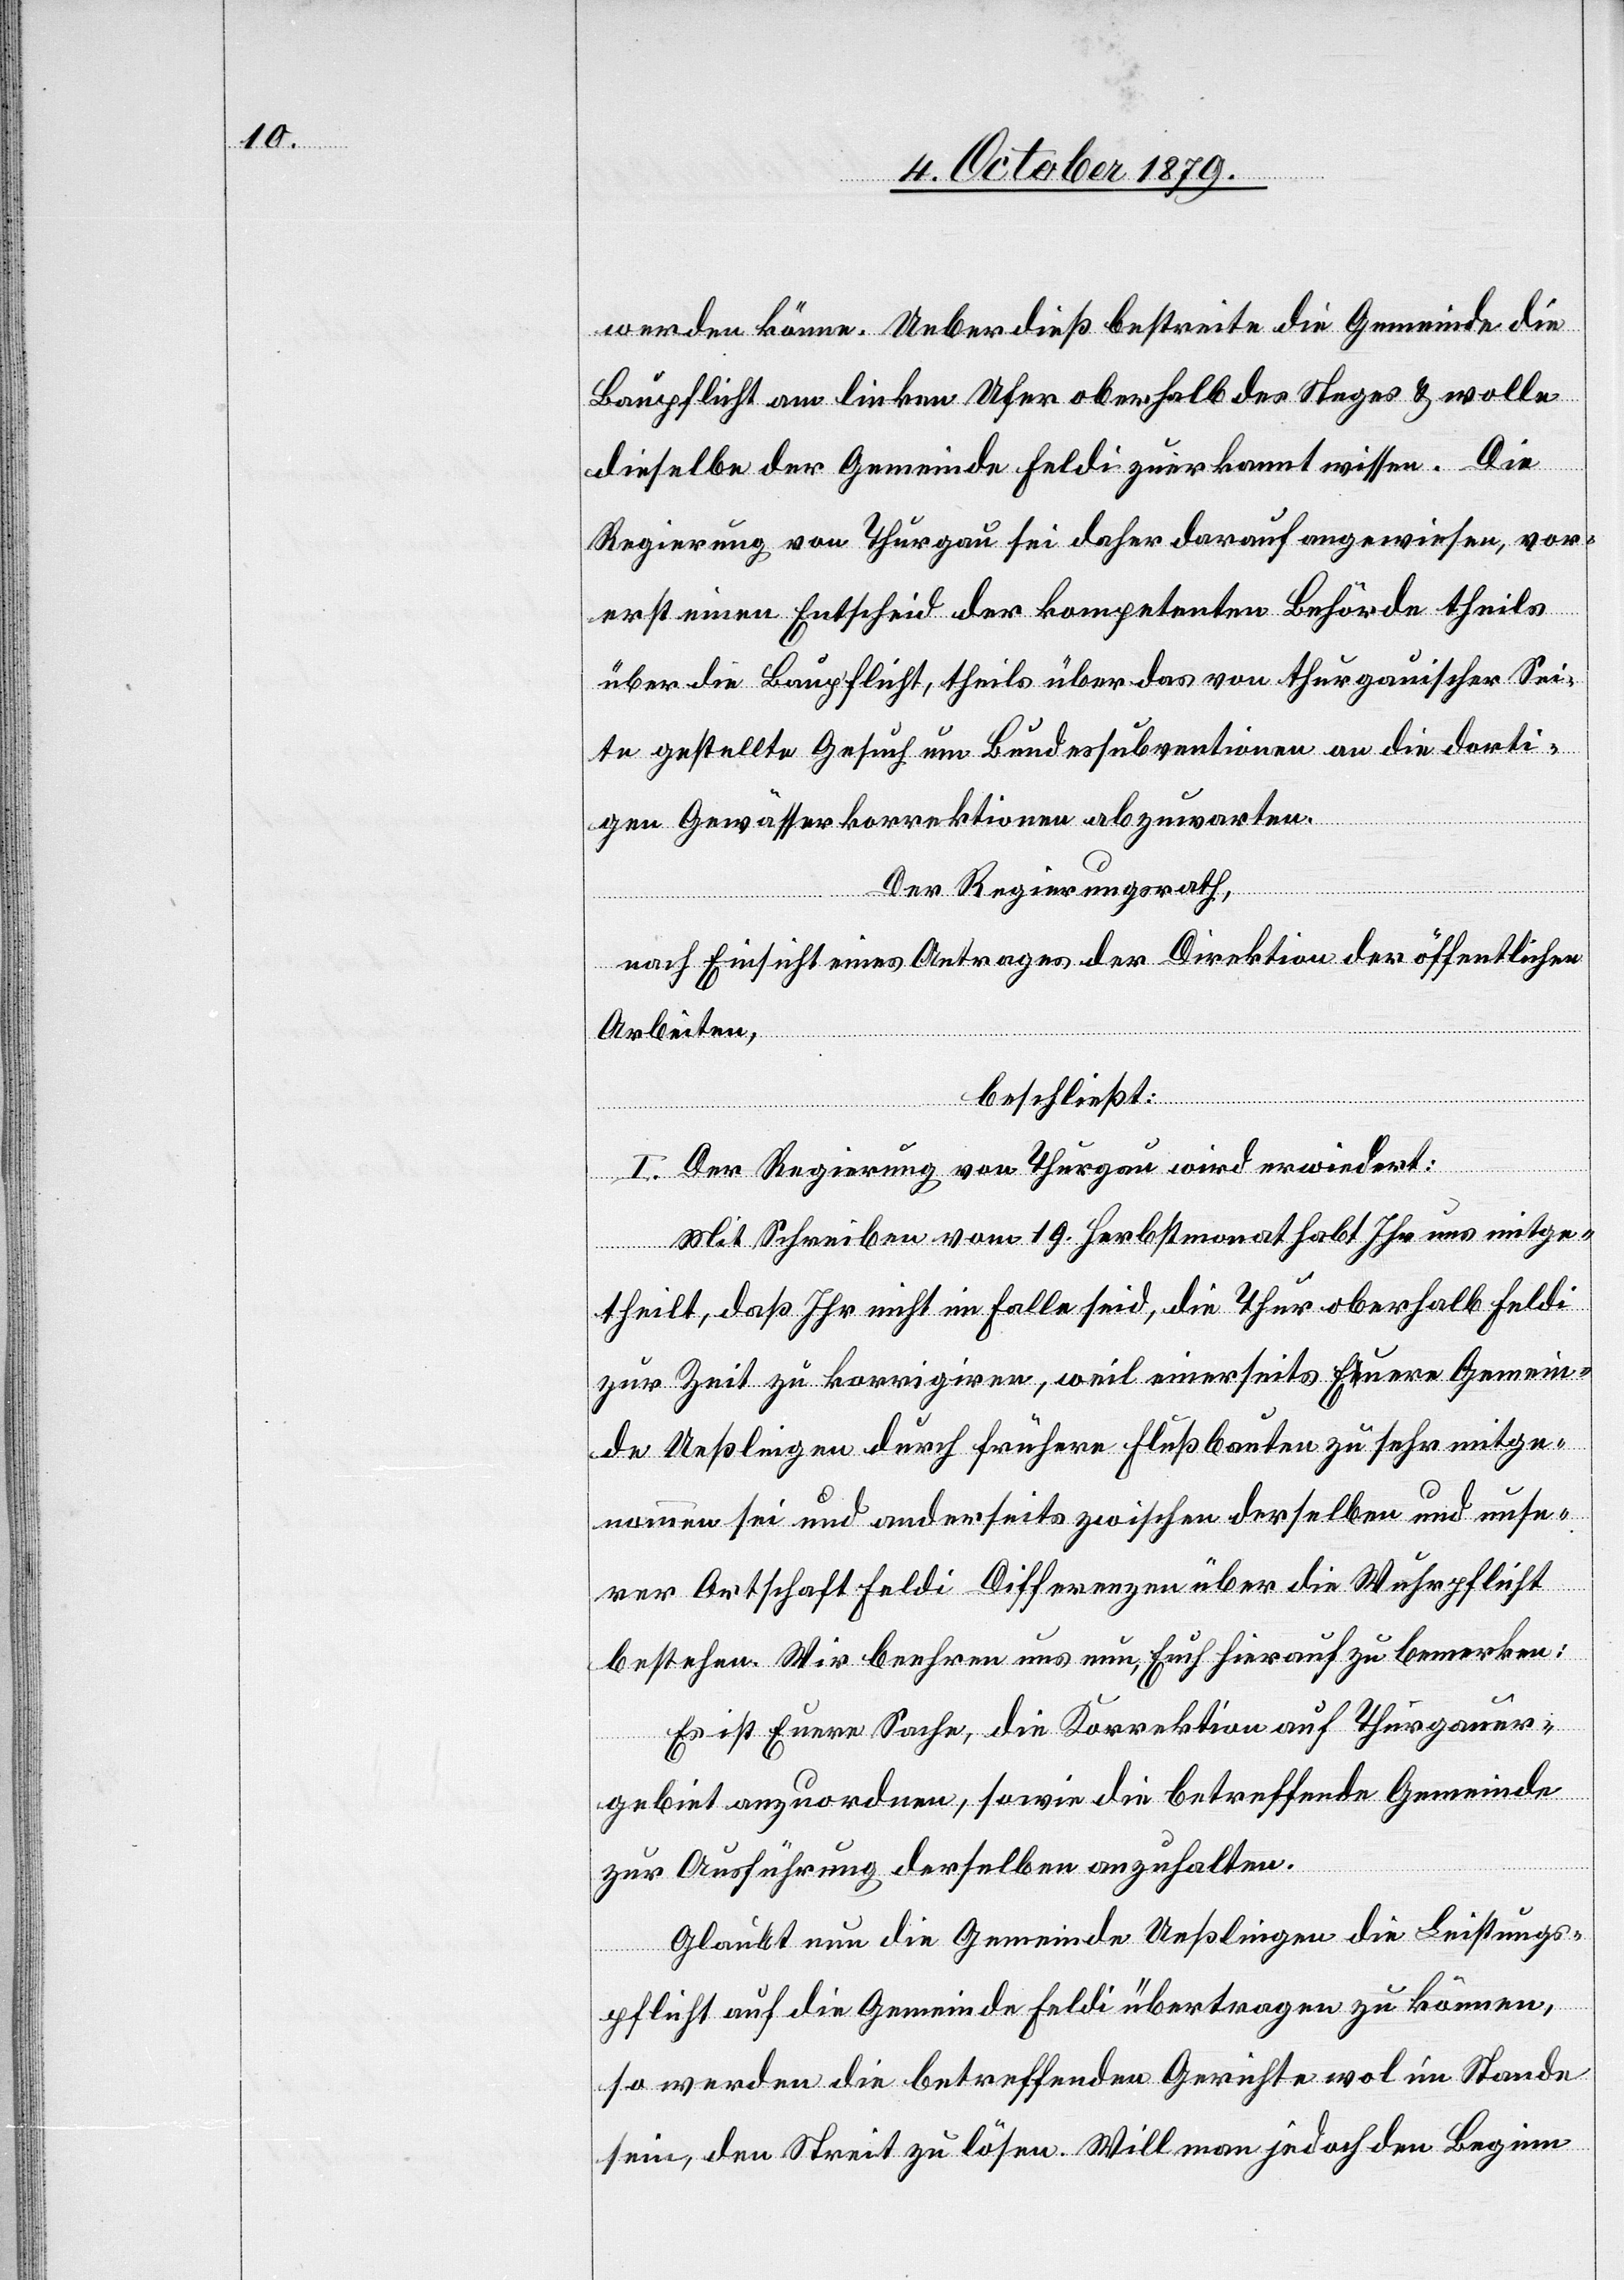
werden könne. Ueber dieß bestreite die Gemeinde die
Baupflicht am linken Ufer oberhalb des Steges & wolle
dieselbe der Gemeinde Feldi zuerkannt wissen. Die
Regierung von Thurgau sei daher darauf angewiesen, vor¬
erst einen Entscheid der kompetenten Behörde theils
über die Baupflicht, theils über das von thurgauischer Sei¬
te gestellte Gesuch um Bundessubventionen an die dorti¬
gen Gewässerkorrektionen abzuwarten.
Der Regierungsrath,
nach Einsicht eines Antrages der Direktion der öffentlichen
Arbeiten,
beschließt:
I. Der Regierung von Thurgau wird erwiedert:
Mit Schreiben vom 19. Herbstmonat habt Ihr uns mitge¬
theilt, daß Ihr nicht im Falle seid, die Thur oberhalb Feldi
zur Zeit zu korrigiren, weil einerseits Euere Gemein¬
de Ueßlingen durch frühere Flussbauten zu sehr mitge¬
nommen sei und andererseits zwischen derselben und unse¬
rer Ortschaft Heldi Differenzen über die Wuhrpflicht
bestehen. Wir beehren uns nun, Euch hierauf zu bemerken:
Es ist Euere Sache, die Korrektion auf Thurgauer¬
gebiet anzuordnen, sowie die betreffende Gemeinde
zur Ausführung derselben anzuhalten.
Glaubt nun die Gemeinde Ueßlingen die Leistungs¬
pflicht auf die Gemeinde Feldi übertragen zu können,
so werden die betreffenden Gerichte wol im Stande
sein, den Streit zu lösen. Will man jedoch den Beginn